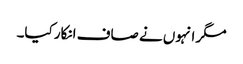
مگر انہوں نے صاف انکار کیا۔